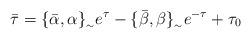
LaTeX: \begin{align*}\bar{\tau }=\{\bar{\alpha },\alpha \}_{_{\sim }}e^{\tau }-\{\bar{\beta },\beta \}_{_{\sim }}e^{-\tau} + \tau _{0}\end{align*}